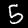
Label: 5